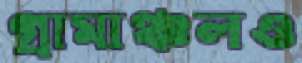
গ্রামাঞ্চলও